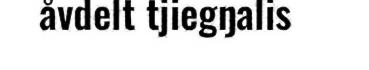
åvdelt tjiegŋalis